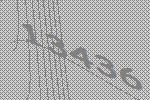
13436